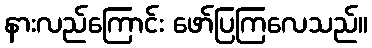
နားလည်ကြောင်း ဖော်ပြကြလေသည်။